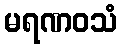
မရဏဝသံ